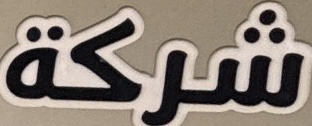
شركة